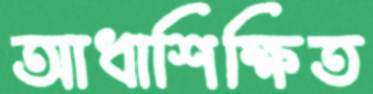
আধাশিক্ষিত